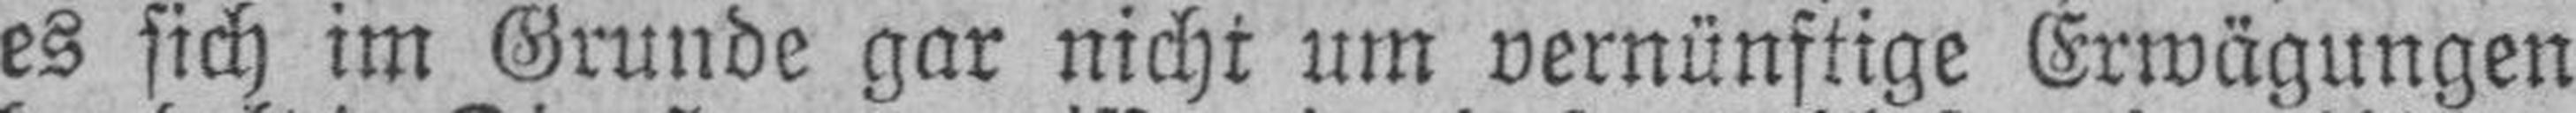
es sich im Grunde gar nicht um vernünftige Erwägungen